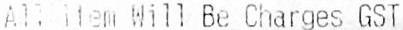
ALL ITEM WILL BE CHARGES GST